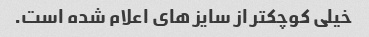
خیلی کوچکتر از سایز های اعلام شده است.